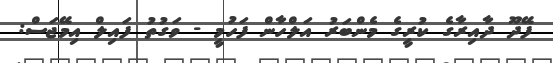
ފޭދޫ ދާއިރާގެ ކުރީގެ މެންބަރު އަލްހާން ފަހުމީ - ވަގުތު ފައިލް އިމޭޖަސް: